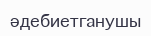
әдебиетганушы